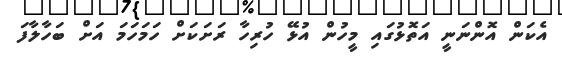
އެކަން އޮންނަނީ އަތޮޅުގައި މީހުން އުޅޭ ހުރިހާ ރަށަކަށް ހަމަހަމަ އަށް ބަހާލާފަ